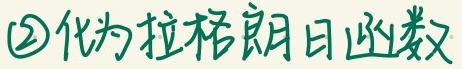
\textcircled{2}化为拉格朗日函数